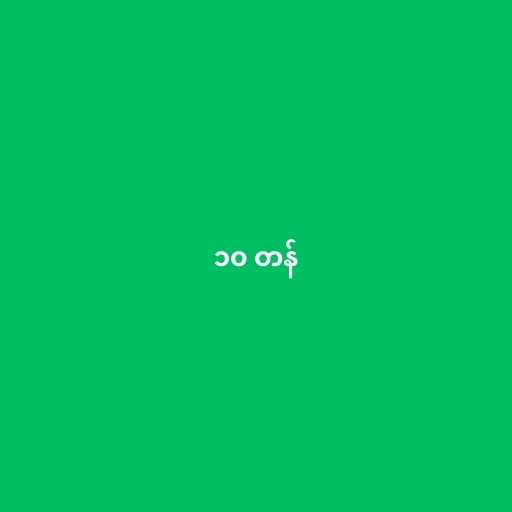
၁၀ တန်